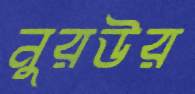
নুরউর